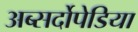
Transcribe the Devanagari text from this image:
अब्सर्दोपेडिया